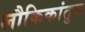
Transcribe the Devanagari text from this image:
लौकिकांतुन